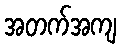
အတက်အကျ